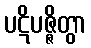
ပဋိပဇ္ဇိတွာ